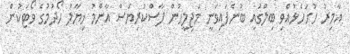
އާމިރު ހުށަހެޅުއްވި ބިލްގައި ބުނެފައިވަނީ މަޖިލީހުން ފާސްކުރިޔަސް އާންމު ޚިޔާލު ހޯދުމުގެ ވޯޓަކުން